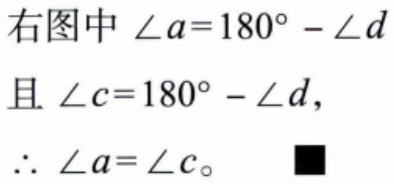
右图中 $\angle a = 180^{\circ}-\angle d$
且 $\angle c = 180^{\circ}-\angle d$，
$\therefore \angle a=\angle c$。 $\blacksquare$